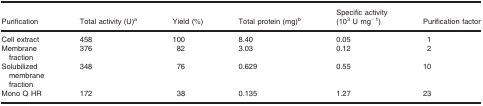
| Purification | Total activity (U)a | Yield (%) | Total protein (mg)b | Specific activity (103 U mg−1) | Purification factor |
 | --- | --- | --- | --- | --- | --- |
 | Cell extract | 458 | 100 | 8.40 | 0.05 | 1 |
 | Membrane fraction | 376 | 82 | 3.03 | 0.12 | 2 |
 | Solubilized membrane fraction | 348 | 76 | 0.629 | 0.55 | 10 |
 | Mono Q HR | 172 | 38 | 0.135 | 1.27 | 23 |